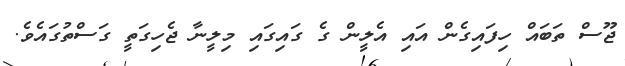
ޖޫސް ތަބައް ހިފައިގެން އައި އެލީން ގެ ގައިގައި މިލީނާ ޖެހިގަތީ ގަސްތުގައެވެ.